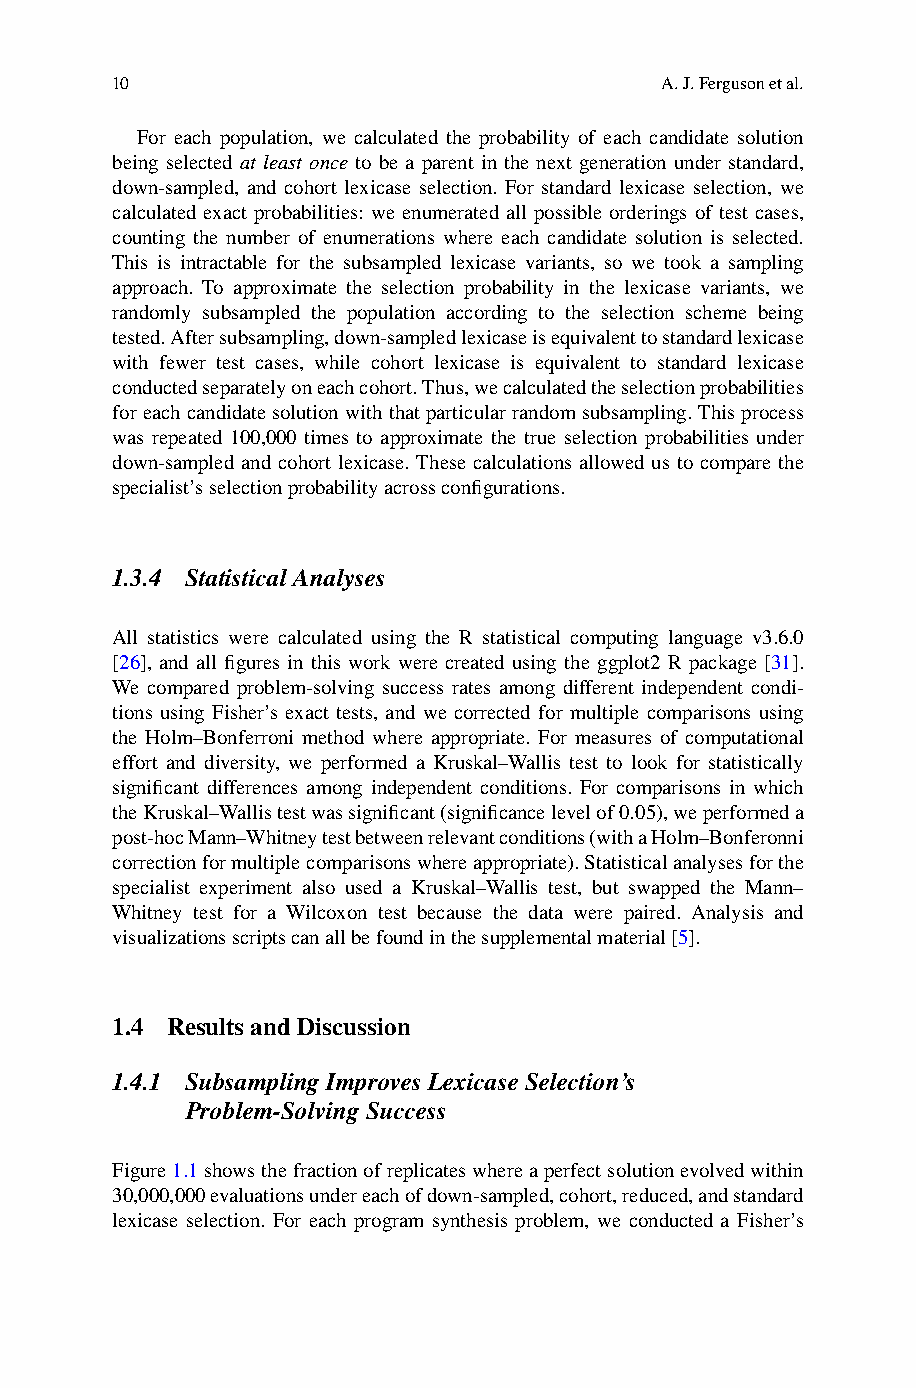
10                                   A.J.Fergusonetal.
 For each population, we calculated the probability of each candidate solution
 being selected at least once to be a parent in the next generation under standard,
 down-sampled, and cohort lexicase selection. For standard lexicase selection, we
 calculated exact probabilities: we enumerated all possible orderings of test cases,
 counting the number of enumerations where each candidate solution is selected.
 This is intractable for the subsampled lexicase variants, so we took a sampling
 approach. To approximate the selection probability in the lexicase variants, we
 randomly subsampled the population according to the selection scheme being
 tested.Aftersubsampling,down-sampledlexicaseisequivalenttostandardlexicase
 with fewer test cases, while cohort lexicase is equivalent to standard lexicase
 conductedseparatelyoneachcohort.Thus,wecalculatedtheselectionprobabilities
 foreachcandidatesolutionwiththatparticularrandomsubsampling.Thisprocess
 was repeated 100,000 times to approximate the true selection probabilities under
 down-sampled and cohort lexicase. These calculations allowed us to compare the
 specialist’sselectionprobabilityacrossconfigurations.
 1.3.4 StatisticalAnalyses
 All statistics were calculated using the R statistical computing language v3.6.0
 [26], and all figures in this work were created using the ggplot2 R package [31].
 We compared problem-solving success rates among different independent condi-
 tions using Fisher’s exact tests, and we corrected for multiple comparisons using
 the Holm–Bonferroni method where appropriate. For measures of computational
 effort and diversity, we performed a Kruskal–Wallis test to look for statistically
 significant differences among independent conditions. For comparisons in which
 theKruskal–Wallistestwassignificant(significancelevelof0.05),weperformeda
 post-hocMann–Whitneytestbetweenrelevantconditions(withaHolm–Bonferonni
 correctionformultiplecomparisonswhereappropriate).Statisticalanalysesforthe
 specialist experiment also used a Kruskal–Wallis test, but swapped the Mann–
 Whitney test for a Wilcoxon test because the data were paired. Analysis and
 visualizationsscriptscanallbefoundinthesupplementalmaterial[5].
 1.4 Resultsand Discussion
 1.4.1 SubsamplingImprovesLexicaseSelection’s
 Problem-SolvingSuccess
 Figure1.1showsthefractionofreplicateswhereaperfectsolutionevolvedwithin
 30,000,000evaluationsundereachofdown-sampled,cohort,reduced,andstandard
 lexicase selection. For each program synthesis problem, we conducted a Fisher’s